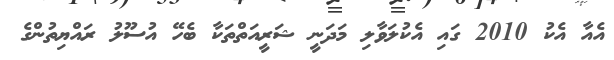
އެއާ އެކު 2010 ގައި އެކުލަވާލި މަދަނީ ޝަރީއަތްތަކާ ބެހޭ އުސޫލު ރައްޔިތުންގެ